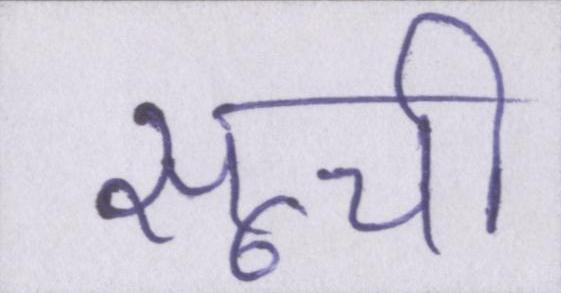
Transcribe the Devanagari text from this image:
सूची